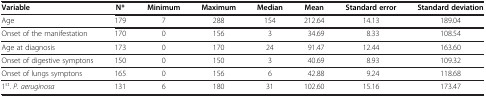
<table><thead><tr><td><b>Variable</b></td><td><b>N*</b></td><td><b>Minimum</b></td><td><b>Maximum</b></td><td><b>Median</b></td><td><b>Mean</b></td><td><b>Standard error</b></td><td><b>Standard deviation</b></td></tr></thead><tbody><tr><td>Age</td><td>179</td><td>7</td><td>288</td><td>154</td><td>212.64</td><td>14.13</td><td>189.04</td></tr><tr><td>Onset of the manifestation</td><td>170</td><td>0</td><td>156</td><td>3</td><td>34.69</td><td>8.33</td><td>108.54</td></tr><tr><td>Age at diagnosis</td><td>173</td><td>0</td><td>170</td><td>24</td><td>91.47</td><td>12.44</td><td>163.60</td></tr><tr><td>Onset of digestive symptons</td><td>150</td><td>0</td><td>150</td><td>3</td><td>40.69</td><td>8.93</td><td>109.32</td></tr><tr><td>Onset of lungs symptons</td><td>165</td><td>0</td><td>156</td><td>6</td><td>42.88</td><td>9.24</td><td>118.68</td></tr><tr><td>1<sup>st</sup>. <i>P. aeruginosa</i></td><td>131</td><td>6</td><td>180</td><td>31</td><td>102.60</td><td>15.16</td><td>173.47</td></tr></tbody></table>